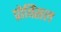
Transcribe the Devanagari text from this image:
प्रोविंसल